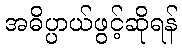
အဓိပ္ပာယ်ဖွင့်ဆိုရန်